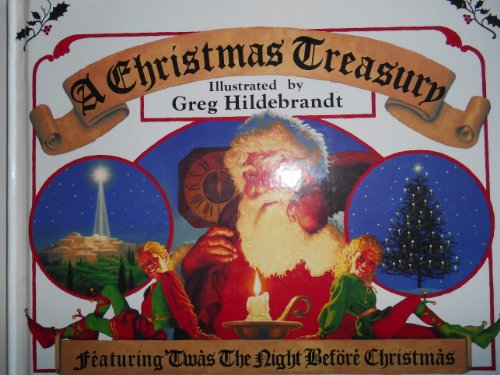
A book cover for A Christmas Treasury; Greg Hildebrandt; Politics & Social Sciences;